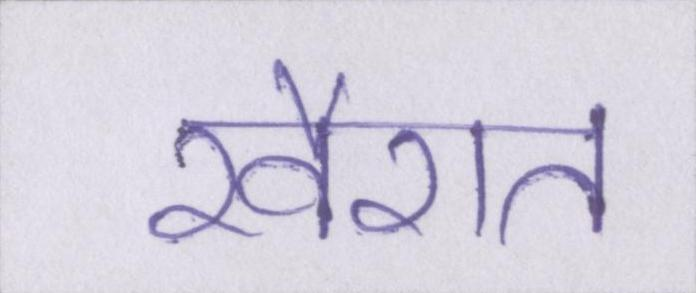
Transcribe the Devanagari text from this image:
खैरात